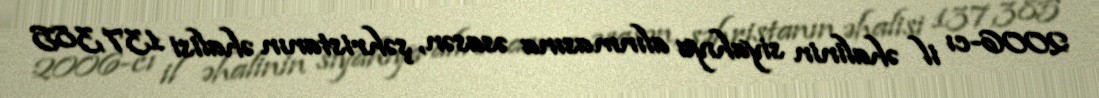
2006-cı il əhalinin siyahıya alınmasına əsasən, şəhristanın əhalisi 137,385